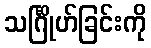
သင်္ဂြိုဟ်ခြင်းကို